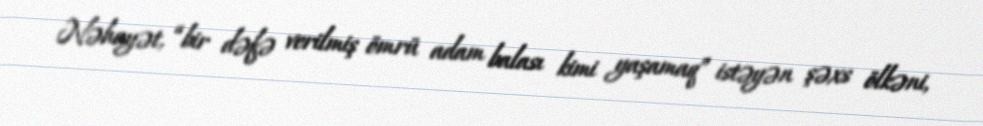
Nəhayət, “bir dəfə verilmiş ömrü adam balası kimi yaşamaq” istəyən şəxs ölkəni,